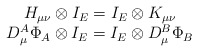
\begin{align*}\begin{array}{c}H_{\mu \nu }\otimes I_E=I_E\otimes K_{\mu \nu } \\D_\mu ^A\Phi _A\otimes I_E=I_E\otimes D_\mu ^B\Phi _B\end{array}\end{align*}